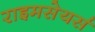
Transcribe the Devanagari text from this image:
राइमसेयर्स